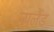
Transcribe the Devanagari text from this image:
न्‍यूलैंड